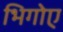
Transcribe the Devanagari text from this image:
भिगोए